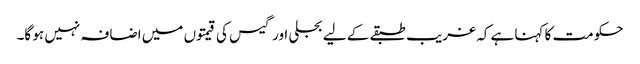
حکومت کا کہنا ہے کہ غریب طبقے کے لیے بجلی اور گیس کی قیمتوں میں اضافہ نہیں ہو گا۔